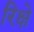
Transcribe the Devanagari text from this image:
रिक्षे